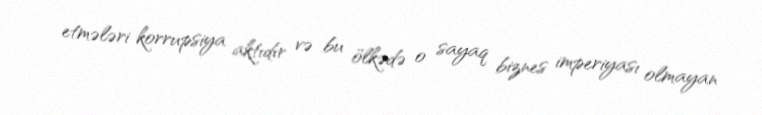
etmələri korrupsiya aktıdır və bu ölkədə o sayaq biznes imperiyası olmayan